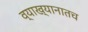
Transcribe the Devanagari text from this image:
व्याख्यानातच